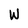
Character: W